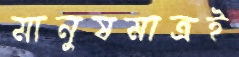
মানুষমাত্রই